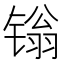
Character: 𬭩